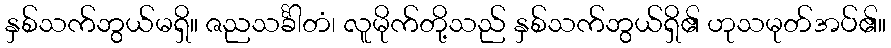
နှစ်သက်ဘွယ်မရှိ။ ဇညသင်္ခါတံ၊ လူမိုက်တို့သည် နှစ်သက်ဘွယ်ရှိ၏ ဟုသမုတ်အပ်၏။